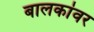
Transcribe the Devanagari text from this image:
बालकांवर